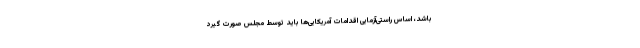
باشد، اساس راستی‌آزمایی اقدامات آمریکایی‌ها باید توسط مجلس صورت گیرد